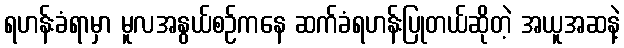
ရဟန်းခံရာမှာ မူလအနွယ်စဉ်ကနေ ဆက်ခံရဟန်းပြုတယ်ဆိုတဲ့ အယူအဆနဲ့